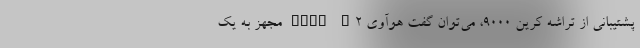
پشتیبانی از تراشه کرین 9000، می‌توان گفت هوآوی Mate X2 مجهز به یک